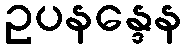
ဥပနန္ဒေန